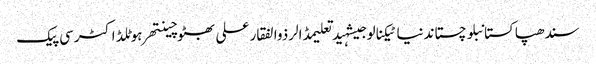
سندھپاکستانبلوچستاندنیاٹیکنالوجیشہیدتعلیمڈالرذوالفقار علی بھٹوچینتھرہوٹلڈاکٹرسی پیک